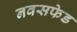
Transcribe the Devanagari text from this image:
नवसफेड